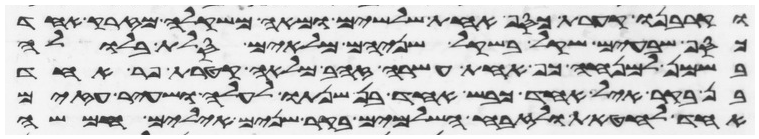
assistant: וקרבנו קערת כסף אחת שלשים ומאה משקלה מזרק אחד
כסף שבעים שקל בשקל הקדש שניהם מלאים סלת בלולה
בשמן למנחה כף אחת עשרה זהב מלאה קטרת פר אחד
בן בקר איל אחד כבש אחד בן שנתו לעלה ושעיר עזים
אחד לחטאת ולזבח השלמים בקר שנים אילים חמשה